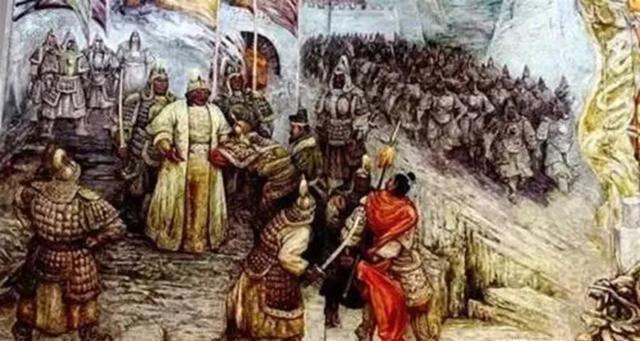
视卒如婴儿，故可与之赴深溪视卒如爱子，故可与之俱死。